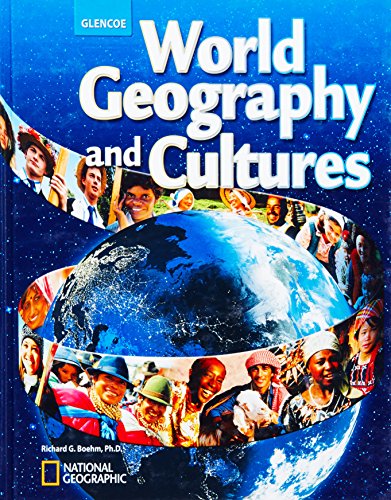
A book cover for World Geography and Cultures, Student Edition; McGraw-Hill; Teen & Young Adult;